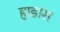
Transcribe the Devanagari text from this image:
हाडास